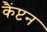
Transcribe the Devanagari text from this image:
कैंप्टन